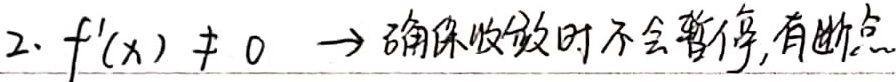
2. \(f'(x)\neq0 \to\) 确保收敛时不会暂停,有断点